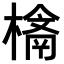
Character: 𣛉